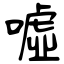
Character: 噓